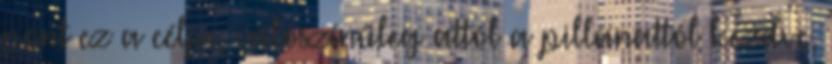
pont ez a célja, valószínűleg attól a pillanattól kezdve,